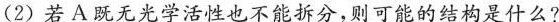
(2)若A既无光学活性也不能拆分，则可能的结构是什么?